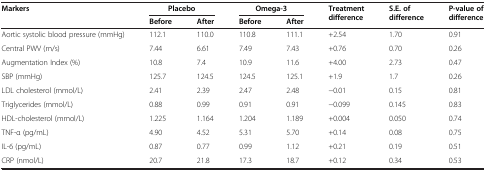
<table><thead><tr><td rowspan="2"><b>Markers</b></td><td colspan="2"><b>Placebo</b></td><td colspan="2"><b>Omega-3</b></td><td rowspan="2"><b>Treatment difference</b></td><td rowspan="2"><b>S.E. of difference</b></td><td rowspan="2"><b>P-value of difference</b></td></tr><tr><td><b>Before</b></td><td><b>After</b></td><td><b>Before</b></td><td><b>After</b></td></tr></thead><tbody><tr><td>Aortic systolic blood pressure (mmHg)</td><td>112.1</td><td>110.0</td><td>110.8</td><td>111.1</td><td>+2.54</td><td>1.70</td><td>0.91</td></tr><tr><td>Central PWV (m/s)</td><td>7.44</td><td>6.61</td><td>7.49</td><td>7.43</td><td>+0.76</td><td>0.70</td><td>0.26</td></tr><tr><td>Augmentation Index (%)</td><td>10.8</td><td>7.4</td><td>10.9</td><td>11.6</td><td>+4.00</td><td>2.73</td><td>0.47</td></tr><tr><td>SBP (mmHg)</td><td>125.7</td><td>124.5</td><td>124.5</td><td>125.1</td><td>+1.9</td><td>1.7</td><td>0.26</td></tr><tr><td>LDL cholesterol (mmol/L)</td><td>2.41</td><td>2.39</td><td>2.47</td><td>2.48</td><td>-0.01</td><td>0.15</td><td>0.81</td></tr><tr><td>Triglycerides (mmol/L)</td><td>0.88</td><td>0.99</td><td>0.91</td><td>0.91</td><td>-0.099</td><td>0.145</td><td>0.83</td></tr><tr><td>HDL-cholesterol (mmol/L)</td><td>1.225</td><td>1.164</td><td>1.204</td><td>1.189</td><td>+0.004</td><td>0.050</td><td>0.74</td></tr><tr><td>TNF-α (pg/mL)</td><td>4.90</td><td>4.52</td><td>5.31</td><td>5.70</td><td>+0.14</td><td>0.08</td><td>0.75</td></tr><tr><td>IL-6 (pg/mL)</td><td>0.87</td><td>0.77</td><td>0.99</td><td>1.12</td><td>+0.21</td><td>0.19</td><td>0.51</td></tr><tr><td>CRP (nmol/L)</td><td>20.7</td><td>21.8</td><td>17.3</td><td>18.7</td><td>+0.12</td><td>0.34</td><td>0.53</td></tr></tbody></table>